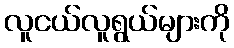
လူငယ်လူရွယ်များကို